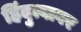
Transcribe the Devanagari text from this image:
हिंदुत्वावर